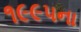
૧૯૯૫ના